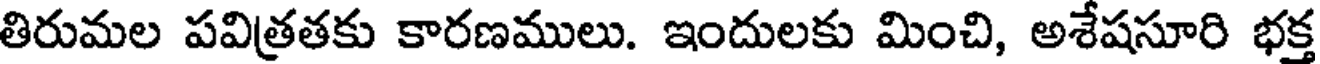
తిరుమల పవిత్రతకు కారణములు. ఇందులకు మించి, అశేషసూరి భక్త